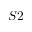
S 2